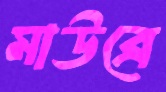
মাউব্রে